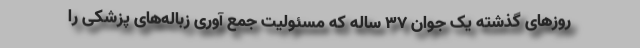
روزهای گذشته یک جوان ۳۷ ساله که مسئولیت جمع آوری زباله‌های پزشکی را